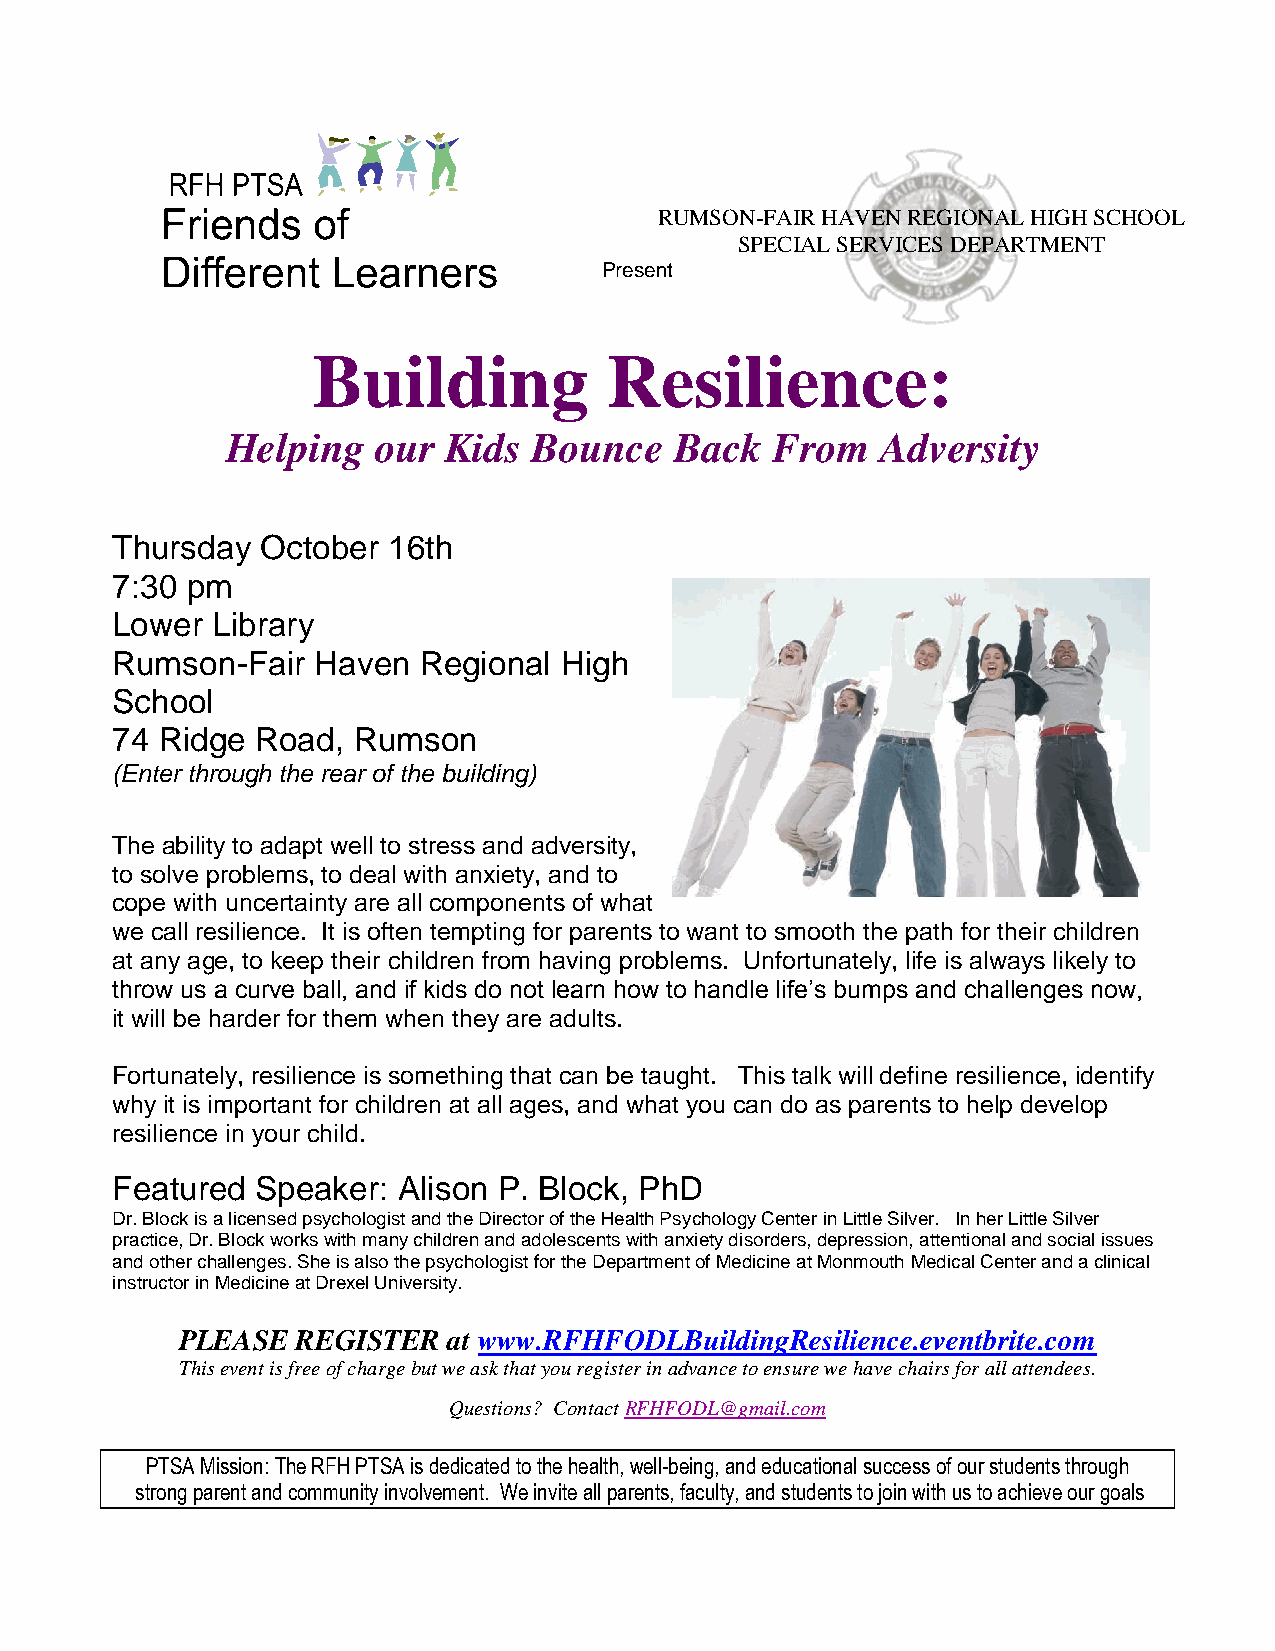
RUMSON-FAIR HAVEN REGIONAL HIGH SCHOOL
 SPECIAL SERVICES DEPARTMENT
 Present
 Building           Resilience:
 Helping   our  Kids Bounce    Back  From   Adversity
 Thursday  October  16th
 7:30 pm
 Lower  Library
 Rumson-Fair   Haven  Regional High
 School
 74  Ridge Road, Rumson
 (Enter through the rear of the building)
 The ability to adapt well to stress and adversity,
 to solve problems, to deal with anxiety, and to
 cope with uncertainty are all components of what
 we call resilience. It is often tempting for parents to want to smooth the path for their children
 at any age, to keep their children from having problems. Unfortunately, life is always likely to
 throw us a curve ball, and if kids do not learn how to handle life’s bumps and challenges now,
 it will be harder for them when they are adults.
 Fortunately, resilience is something that can be taught. This talk will define resilience, identify
 why it is important for children at all ages, and what you can do as parents to help develop
 resilience in your child.
 Featured  Speaker: Alison P. Block, PhD
 Dr. Block is a licensed psychologist and the Director of the Health Psychology Center in Little Silver. In her Little Silver
 practice, Dr. Block works with many children and adolescents with anxiety disorders, depression, attentional and social issues
 and other challenges. She is also the psychologist for the Department of Medicine at Monmouth Medical Center and a clinical
 instructor in Medicine at Drexel University.
 PLEASE  REGISTER  at www.RFHFODLBuildingResilience.eventbrite.com
 This event is free of charge but we ask that you register in advance to ensure we have chairs for all attendees.
 Questions? Contact RFHFODL@gmail.com
 PTSA Mission: The RFH PTSA is dedicated to the health, well-being, and educational success of our students through
 strong parent and community involvement. We invite all parents, faculty, and students to join with us to achieve our goals